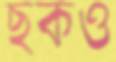
ছকও